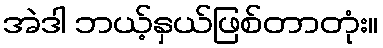
အဲဒါ ဘယ့်နှယ်ဖြစ်တာတုံး။